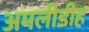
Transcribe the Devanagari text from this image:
अमलीडीह